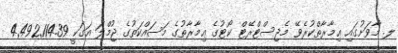
ލ. މާވަށުގައި ޢިމާރާތްކުރެވޭ މެޖިސްޓްރޭޓް ކޯޓުގެ ޢިމާރާތުގެ މަސައްކަތުގެ ޖުމްލަ އަގަކީ 4